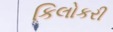
કિલોકરી